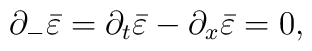
\partial_- \bar \varepsilon = \partial_t \bar \varepsilon -\partial_x \bar \varepsilon = 0,